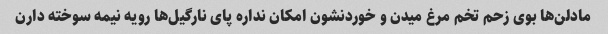
مادلن‌ها بوی زحم تخم مرغ میدن و خوردنشون امکان نداره پای نارگیل‌ها رویه نیمه سوخته دارن